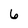
Character: 6